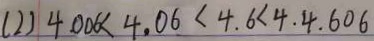
( 2 ) 4 . 0 0 6 < 4 . 0 6 < 4 . 6 < 4 . 4 . 6 0 6